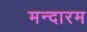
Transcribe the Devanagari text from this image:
मन्दारम